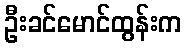
ဦးခင်မောင်ထွန်းက